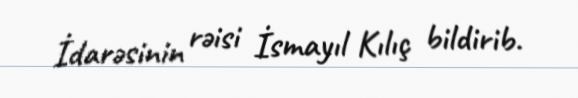
İdarəsinin rəisi İsmayıl Kılıç bildirib.